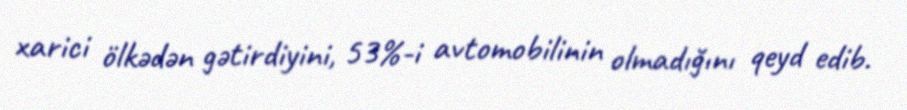
xarici ölkədən gətirdiyini, 53%-i avtomobilinin olmadığını qeyd edib.